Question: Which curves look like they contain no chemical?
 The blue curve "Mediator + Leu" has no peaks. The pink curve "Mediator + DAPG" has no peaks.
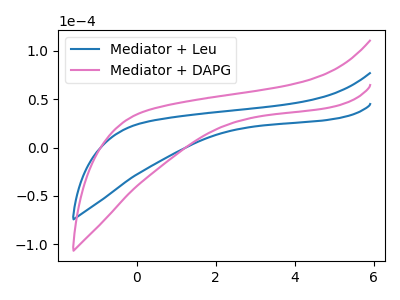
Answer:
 <answer>"Mediator + Leu" and "Mediator + DAPG" are likely to be blanks.</answer>
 <eval>"Mediator + Leu", "Mediator + DAPG"</eval>